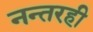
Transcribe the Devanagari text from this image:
नन्तरही